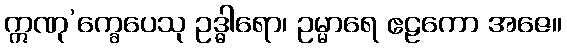
ဣဏု’က္ခေပေသု ဥဒ္ဓါရော၊ ဥမ္မာရေ ဧဠကော အဇေ။